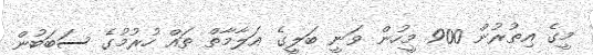
މީގެ އިތުރުން 900 މީހުން ވަނީ ބަލީގެ އަލާމާތް ތައް ހުރުމުގެ ސަބަބުން